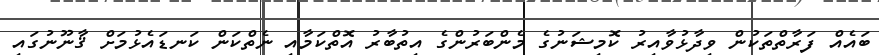
ބައެއް ފަރާތްތަކުން ވިދާޅުވާއިރު ކޮމިޝަނުގެ މެންބަރުންގެ އިތުބާރު އޮތްކަމާއި ނެތްކަން ކަނޑައެޅުމަށް ޤާނޫނުގައި